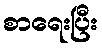
စာရေးပြီး